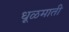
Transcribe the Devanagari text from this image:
धूळमाती